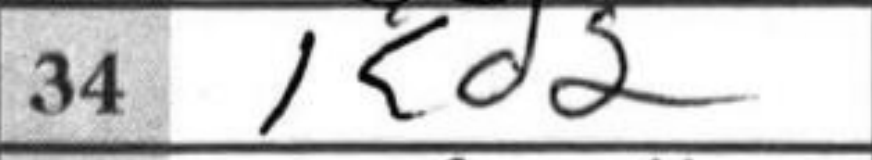
Transcription: Kd2